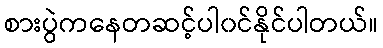
စားပွဲကနေတဆင့်ပါ၀င်နိုင်ပါတယ်။